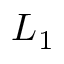
L _ { 1 }